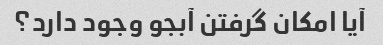
آیا امکان گرفتن آبجو وجود دارد؟